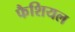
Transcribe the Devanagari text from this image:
फैशियल